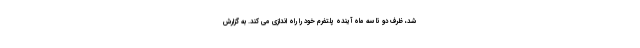
شد، ظرف دو تا سه ماه آینده پلتفرم خود را راه اندازی می کند. به گزارش